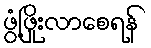
ဖွံ့ဖြိုးလာစေရန်